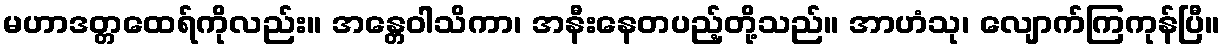
မဟာဒတ္တထေရ်ကိုလည်း။ အန္တေဝါသိကာ၊ အနီးနေတပည့်တို့သည်။ အာဟံသု၊ လျောက်ကြကုန်ပြီ။